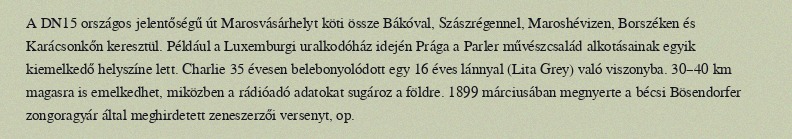
A DN15 országos jelentőségű út Marosvásárhelyt köti össze Bákóval, Szászrégennel, Maroshévizen, Borszéken és Karácsonkőn keresztül. Például a Luxemburgi uralkodóház idején Prága a Parler művészcsalád alkotásainak egyik kiemelkedő helyszíne lett. Charlie 35 évesen belebonyolódott egy 16 éves lánnyal (Lita Grey) való viszonyba. 30–40 km magasra is emelkedhet, miközben a rádióadó adatokat sugároz a földre. 1899 márciusában megnyerte a bécsi Bösendorfer zongoragyár által meghirdetett zeneszerzői versenyt, op.